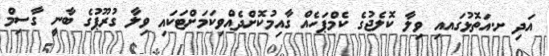
އަދި ށ.އަތޮޅުގައއި ވިލާ ކޮލެޖުގެ ކެމްޕަހެއް ގާއިމުކޮށްދެއްވިކަމަށްޓަކައި ވިލާ ގުރޫޕުގެ ބާނީ ގާސިމް